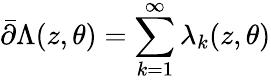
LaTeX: \bar{\partial}\Lambda(z,\theta)=\sum_{k=1}^{\infty}\lambda_{k}(z,\theta)